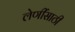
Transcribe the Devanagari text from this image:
लेणींसाठी